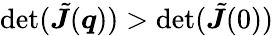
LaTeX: \operatorname*{det}(\tilde{\boldsymbol J}(\boldsymbol q))>\operatorname*{det}(\tilde{\boldsymbol J}(0))